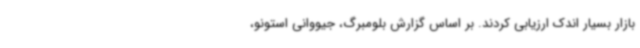
بازار بسیار اندک ارزیابی کردند. بر اساس گزارش بلومبرگ، جیووانی استونو،